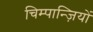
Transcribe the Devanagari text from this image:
चिम्पान्ज़ियों